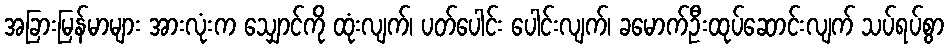
အခြားမြန်မာများ အားလုံးက သျှောင်ကို ထုံးလျက်၊ ပတ်ပေါင်း ပေါင်းလျက်၊ ခမောက်ဦးထုပ်ဆောင်းလျက် သပ်ရပ်စွာ